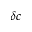
\delta c